Indian journal of veterinary science and animal husbandry - Volume 13,
Year: 1943
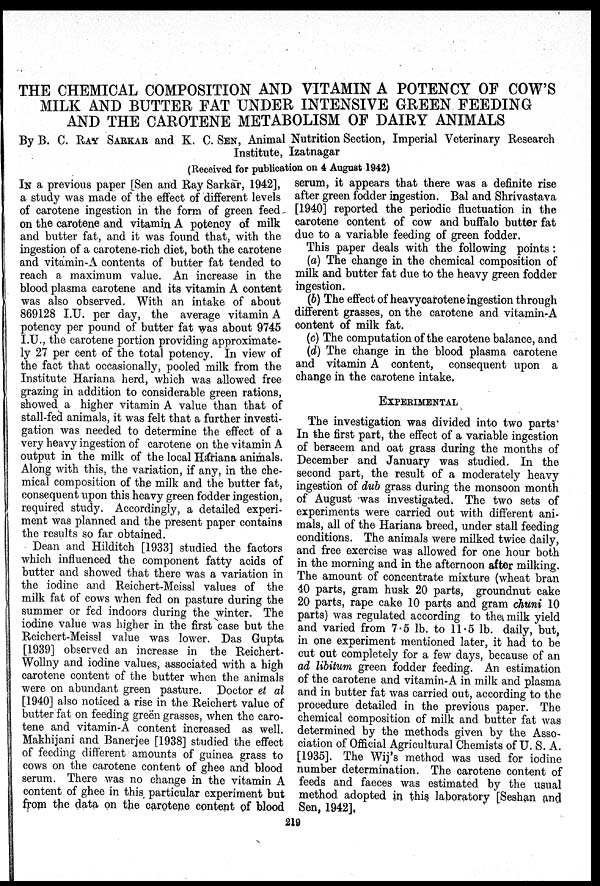
THE CHEMICAL COMPOSITION AND VITAMIN A POTENCY OF COW'S
MILK AND BUTTER FAT UNDER INTENSIVE GREEN FEEDING
AND THE CAROTENE METABOLISM OF DAIRY ANIMALS
By B. C. RAY SARKAR and K. C. SEN, Animal Nutrition Section, Imperial Veterinary Research
Institute, Izatnagar
(Received for publication on 4 August 1942)
IN a previous paper [Sen and Ray Sarkar, 1942],
a study was made of the effect of different levels
of carotene ingestion in the form of green feed
on the carotene and vitamin A potency of milk
and butter fat, and it was found that, with the
ingestion of a carotene-rich diet, both the carotene
and vitamin-A contents of butter fat tended to
reach a maximum value. An increase in the
blood plasma carotene and its vitamin A content
was also observed. With an intake of about
869128 I.U. per day, the average vitamin A
potency per pound of butter fat was about 9745
I.U., the carotene portion providing approximate-
ly 27 per cent of the total potency. In view of
the fact that occasionally, pooled milk from the
Institute Hariana herd, which was allowed free
grazing in addition to considerable green rations,
showed a higher vitamin A value than that of
stall-fed animals, it was felt that a further investi-
gation was needed to determine the effect of a
very heavy ingestion of carotene on the vitamin A
output in the milk of the local Hariana animals.
Along with this, the variation, if any, in the che-
mical composition of the milk and the butter fat,
consequent upon this heavy green fodder ingestion,
required study. Accordingly, a detailed experi-
ment was planned and the present paper contains
the results so far obtained.
Dean and Hilditch [1933] studied the factors
which influenced the component fatty acids of
butter and showed that there was a variation in
the iodine and Reichert-Meissl values of the
milk fat of cows when fed on pasture during the
summer or fed indoors during the winter. The
iodine value was higher in the first case but the
Reichert-Meissl value was lower. Das Gupta
[1939] observed an increase in the Reichert-
Wollny and iodine values, associated with a high
carotene content of the butter when the animals
were on abundant green pasture. Doctor et al
[1940] also noticed a rise in the Reichert value of
butter fat on feeding greën grasses, when the caro-
tene and vitamin-A content increased as well.
Makhijani and Banerjee [1938] studied the effect
of feeding different amounts of guinea grass to
cows on the carotene content of ghee and blood
serum. There was no change in the vitamin A
content of ghee in this particular experiment but
from the data on the carotene content of blood
serum, it appears that there was a definite rise
after green fodder ingestion. Bal and Shrivastava
[1940] reported the periodic fluctuation in the
carotene content of cow and buffalo butter fat
due to a variable feeding of green fodder.
This paper deals with the following points :
(a) The change in the chemical composition of
milk and butter fat due to the heavy green fodder
ingestion.
(b) The effect of heavycarotene ingestion through
different grasses, on the carotene and vitamin-A
content of milk fat.
(c) The computation of the carotene balance, and
(d) The change in the blood plasma carotene
and vitamin A content, consequent upon a
change in the carotene intake.
EXPERIMENTAL
The investigation was divided into two parts
In the first part, the effect of a variable ingestion
of berseem and oat grass during the months of
December and January was studied. In the
second part, the result of a moderately heavy
ingestion of dub grass during the monsoon month
of August was investigated. The two sets of
experiments were carried out with different ani-
mals, all of the Hariana breed, under stall feeding
conditions. The animals were milked twice daily,
and free exercise was allowed for one hour both
in the morning and in the afternoon after milking.
The amount of concentrate mixture (wheat bran
40 parts, gram husk 20 parts, groundnut cake
20 parts, rape cake 10 parts and gram chuni 10
parts) was regulated according to the milk yield
and varied from 7.5 lb. to 11.5 lb. daily, but,
in one experiment mentioned later, it had to be
cut out completely for a few days, because of an
ad libitum green fodder feeding. An estimation
of the carotene and vitamin-A in milk and plasma
and in butter fat was carried out, according to the
procedure detailed in the previous paper. The
chemical composition of milk and butter fat was
determined by the methods given by the Asso-
ciation of Official Agricultural Chemists of U. S. A.
[1935]. The Wij's method was used for iodine
number determination. The carotene content of
feeds and faeces was estimated by the usual
method adopted in this laboratory [Seshan and
Sen, 1942],
219